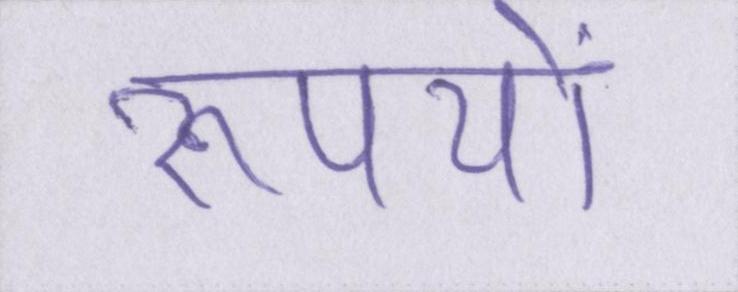
रूपयों